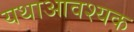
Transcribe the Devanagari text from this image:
यथाआवश्यक